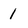
Character: 1